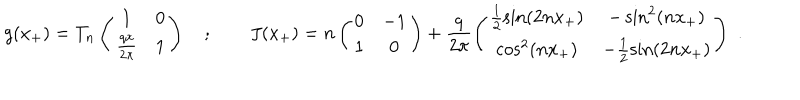
g ( x _ { + } ) = T _ { n } \left( \begin{array} { c c } { { 1 } } & { { 0 } } \\ { { \frac { q x } { 2 \pi } } } & { { 1 } } \\ \end{array} \right) \quad ; \qquad J ( x _ { + } ) = n \left( \begin{array} { c c } { { 0 } } & { { - 1 } } \\ { { 1 } } & { { 0 } } \\ \end{array} \right) + \frac { q } { 2 \pi } \left( \begin{array} { c c } { { \frac { 1 } { 2 } \sin ( 2 n x _ { + } ) } } & { { - \sin ^ { 2 } ( n x _ { + } ) } } \\ { { \cos ^ { 2 } ( n x _ { + } ) } } & { { - \frac { 1 } { 2 } \sin ( 2 n x _ { + } ) } } \\ \end{array} \right) \, \, .